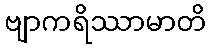
ဗျာကရိဿာမာတိ